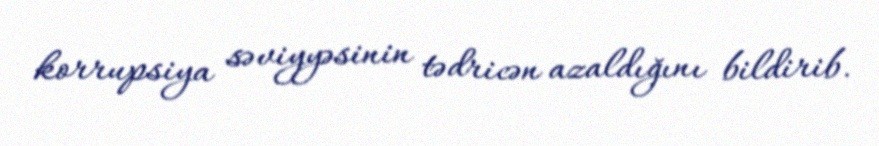
korrupsiya səviyyəsinin tədricən azaldığını bildirib.